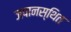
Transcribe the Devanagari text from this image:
जपानस्थित